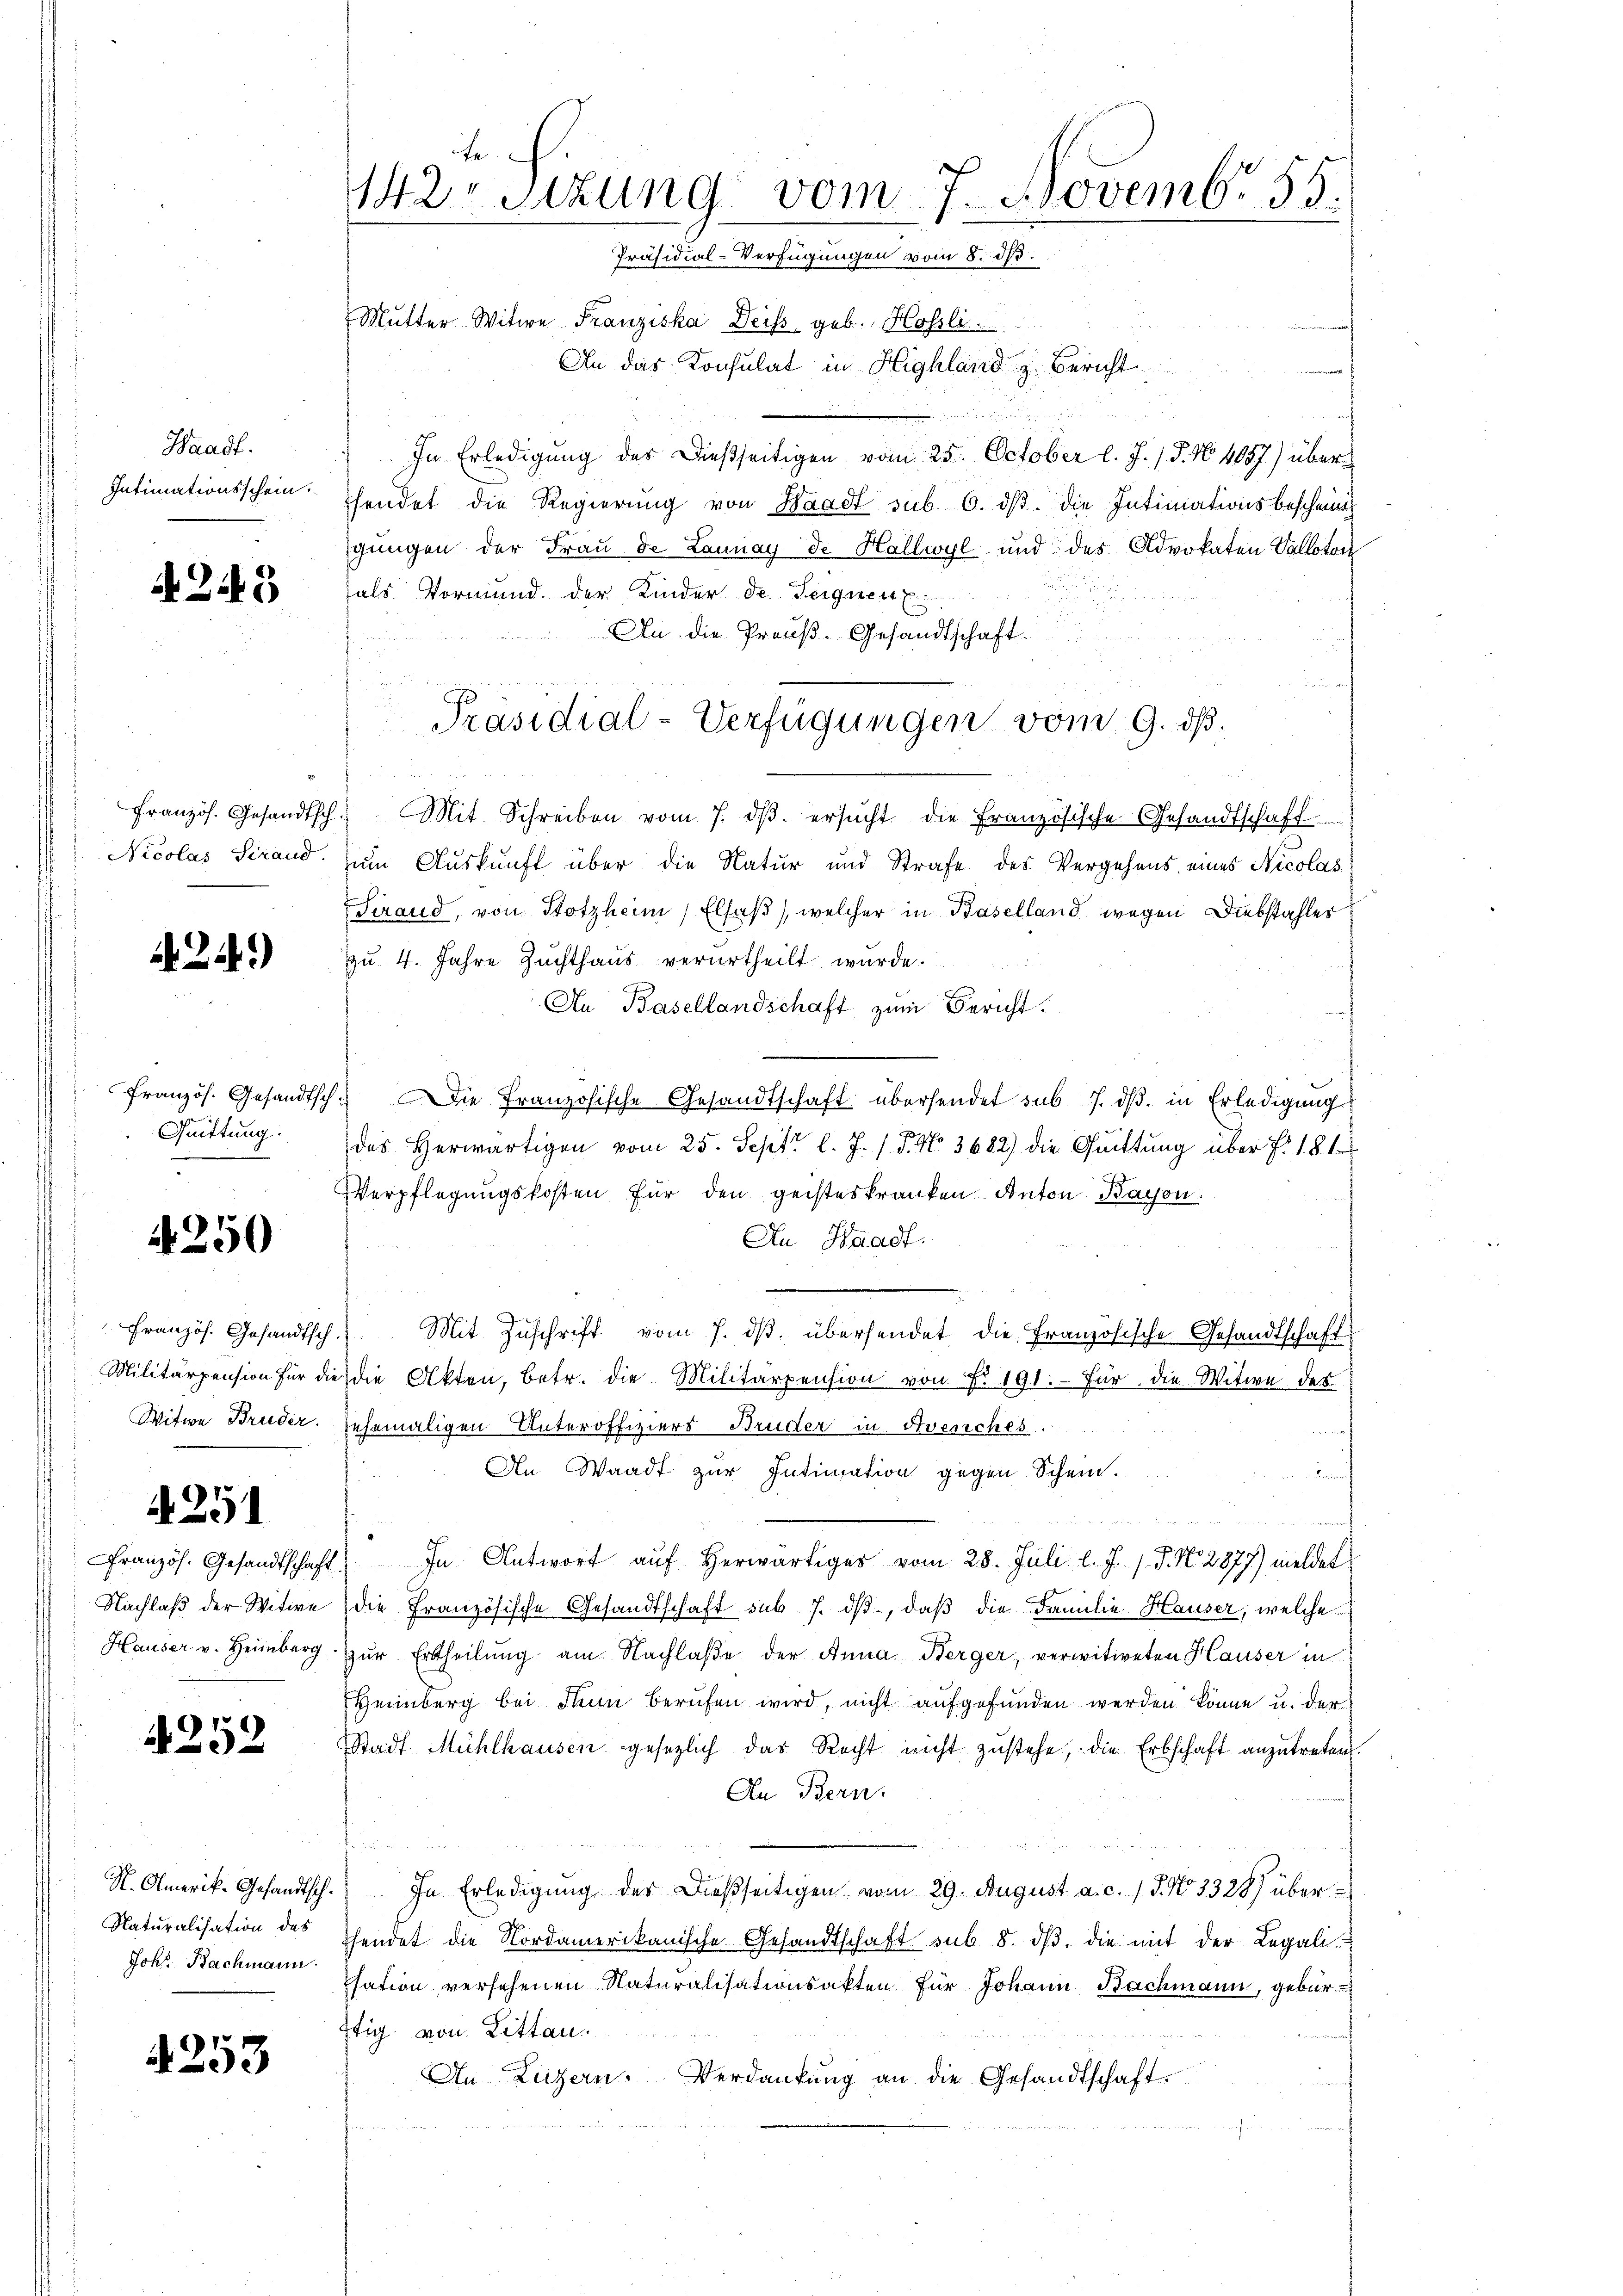
Waadt:
Intimationsschein.

A 245

Nicolas Sirand.

249)

Quittung.

4250

251

Französ. Gesandtschaft

4252

Naturalisation des
Johs. Bachmann.

4253

142. Sitzung vom 7. Novembr 55.
Präsidial-Verfügungen vom 8. ds.

Mutter Witwe Franziska Deiss geb. Hofsli.
der an
An das Konsulat in Highland z. Bericht
In Erledigung der dießseitigen vom 25. October l. J. J. N. 4057) überhendet die Regierung von Waadt sub. 6. dβ. die Intimationsbescheinig
gungen der Frau de Lannay de Hallwyl und des Advokaten Vallotor
fals Vormund der Kinder de Vergnen
An die Preuß. Gesandtschaft
Französ. Gesandtsch. Mit Schreiben vom 7. dβ. ersŭcht die Französische Gesandtschaft
zum Auskunft über die Natur und Strafe des Vergehens eines Nicolas
Sirand, von Hotzheim Elsaß, welcher in Baselland wegen Diebstahler
zu 4. Jahre Zuchthaŭs verurtheilt wurde.
An Basellandschaft zum Bericht.
französ. Gesandtsch. Die Französische Gesandtschaft übersendet sub 7. dβ. in Erledigung
des herwärtigen vom 25. Sept. l. J. / 5. No 3682) die Quittung über f. 181
Verpflegungskosten für den geisteskranken Anton Bayon
An Waadt.
Französ. Gesandtsch. Mit Zŭschrift vom 7. dβ übersendet, die französische Gesandtschaft
Militärpension für die die Akten, betr. die Militärpension von Fr. 191. Für die Witwe des
Witwe Bruder sehemaligen Unteroffiziers-Bruder in Avenches.
An Waadt zur Intimation gegen Schein.
u
l. In Antwort aŭf herwärtiges vom 28. Juli l. J. J. J. N. 2877) meldet
Nachlaβ der Witwe die Französische Gesandtschaft sub 7. dβ, daβ die Familie Hauser, welche
Hauser v. Heimberg zŭr Ertheilung am Nachlaße der Anna Berger, verwitweten Hauser in
Heimberg bei Thun berufen wird, nicht aufgefunden werden könne u. der
Stadt Mühlhausen gesezlich das Recht nicht zustehe, die Erbschaft anzutreten.
An Bern.

7
N. Amerik. Gesandtsch. In Erledigŭng des dießseitigen vom 29. August a. c. 1. 3. No 3328) überhendet die Nordamerikanische Gesandtschaft sub. 8. dβ, die mit der Legali
isation versehenen Naturalisationsakten für Johann Bachmann, gebür
ftig von Litten.
An Luzern. Verdankŭng an die Gesandtschaft.
e

Präsidial-Verfügungen vom 9. ds.